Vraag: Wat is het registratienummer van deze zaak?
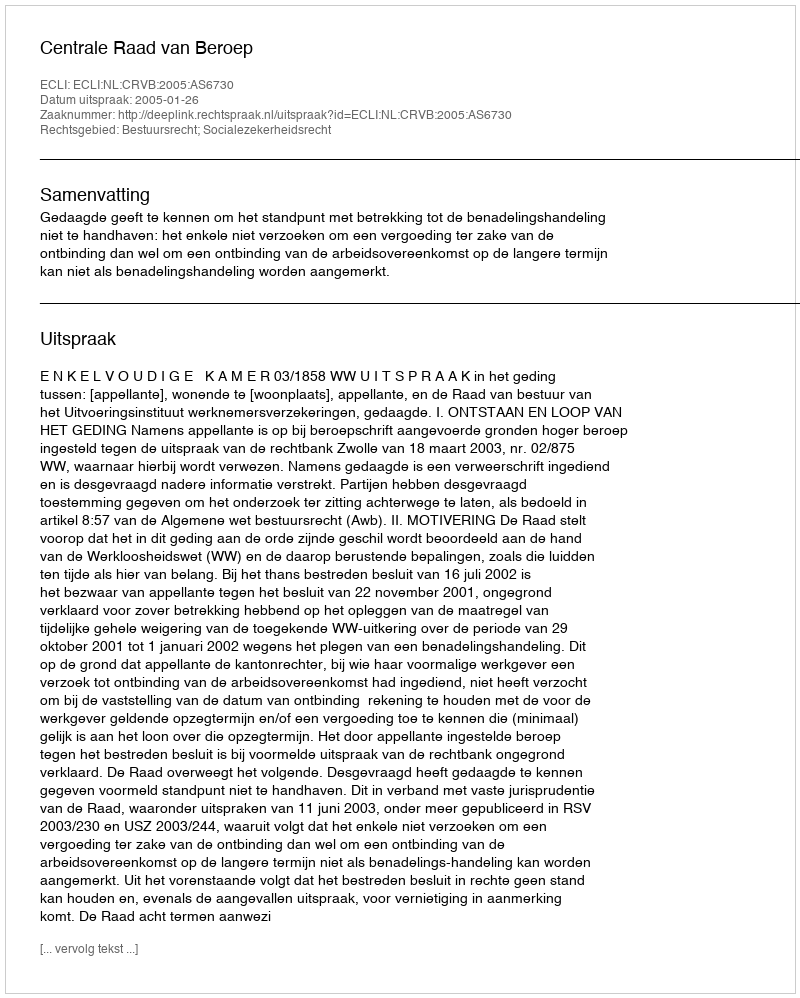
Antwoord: http://deeplink.rechtspraak.nl/uitspraak?id=ECLI:NL:CRVB:2005:AS6730